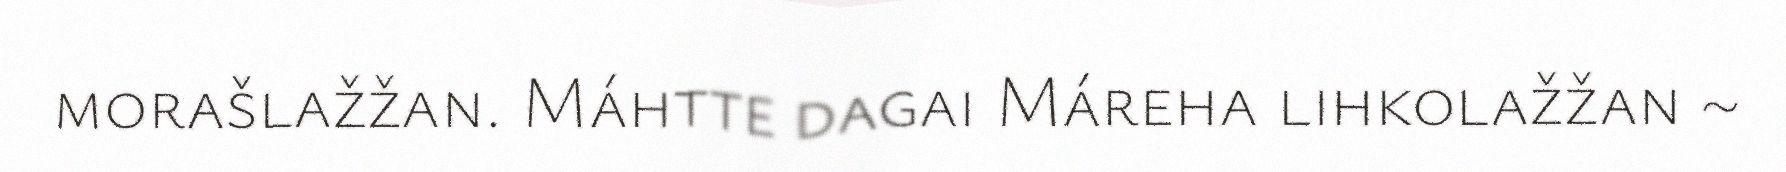
morašlažžan. Máhtte dagai Máreha lihkolažžan ~